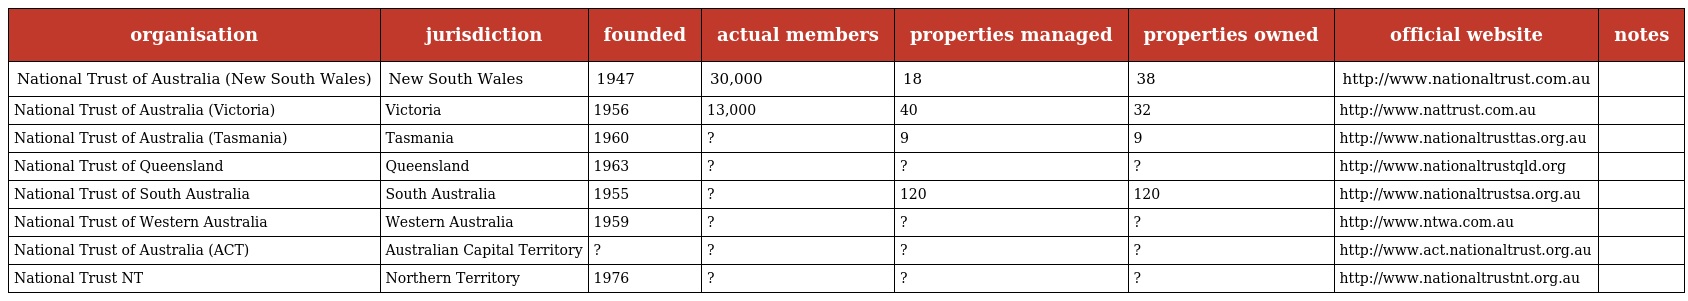
| organisation | jurisdiction | founded | actual members | properties managed | properties owned | official website | notes |
 | --- | --- | --- | --- | --- | --- | --- | --- |
 | National Trust of Australia (New South Wales) | New South Wales | 1947 | 30,000 | 18 | 38 | http://www.nationaltrust.com.au |  |
 | National Trust of Australia (Victoria) | Victoria | 1956 | 13,000 | 40 | 32 | http://www.nattrust.com.au |  |
 | National Trust of Australia (Tasmania) | Tasmania | 1960 | ? | 9 | 9 | http://www.nationaltrusttas.org.au |  |
 | National Trust of Queensland | Queensland | 1963 | ? | ? | ? | http://www.nationaltrustqld.org |  |
 | National Trust of South Australia | South Australia | 1955 | ? | 120 | 120 | http://www.nationaltrustsa.org.au |  |
 | National Trust of Western Australia | Western Australia | 1959 | ? | ? | ? | http://www.ntwa.com.au |  |
 | National Trust of Australia (ACT) | Australian Capital Territory | ? | ? | ? | ? | http://www.act.nationaltrust.org.au |  |
 | National Trust NT | Northern Territory | 1976 | ? | ? | ? | http://www.nationaltrustnt.org.au |  |